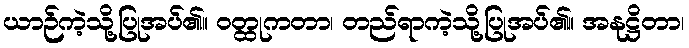
ယာဉ်ကဲ့သို့ပြုအပ်၏။ ဝတ္ထုကတာ၊ တည်ရာကဲ့သို့ပြုအပ်၏။ အနုဋ္ဌိတာ၊